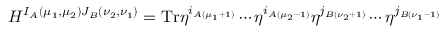
H ^ { I _ { A } ( \mu _ { 1 } , \mu _ { 2 } ) J _ { B } ( \nu _ { 2 } , \nu _ { 1 } ) } = \mathrm { T r } \eta ^ { i _ { A ( \mu _ { 1 } + 1 ) } } \cdots \eta ^ { i _ { A ( \mu _ { 2 } - 1 ) } } \eta ^ { j _ { B ( \nu _ { 2 } + 1 ) } } \cdots \eta ^ { j _ { B ( \nu _ { 1 } - 1 ) } }